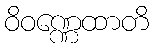
ဝိဝဏ္ဏေထာတိ